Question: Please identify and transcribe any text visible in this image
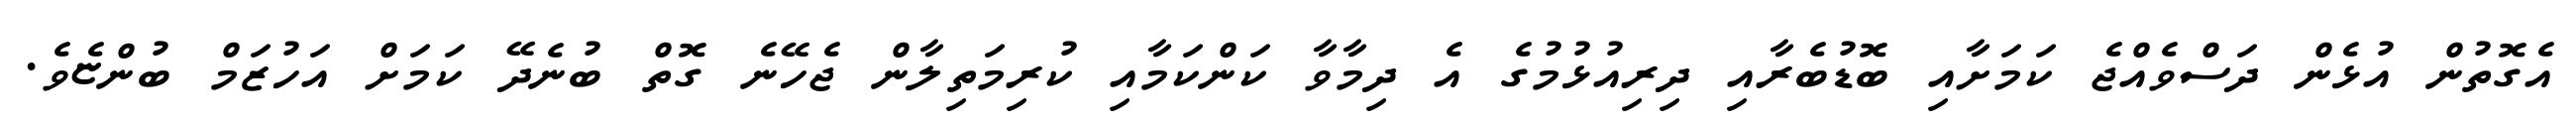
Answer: އެގޮތުން އުޅެން ދަސްވެއްޖެ ކަމަށާއި ބޮޑުބެރާއި ދިރިއުޅުމުގެ އެ ދިމާވާ ކަންކަމާއި ކުރިމަތިލާން ޖެހޭނެ ގޮތް ބުނެދޭ ކަމަށް އަހުޒަމް ބުންޏެވެ.